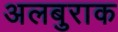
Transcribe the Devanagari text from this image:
अलबुराक